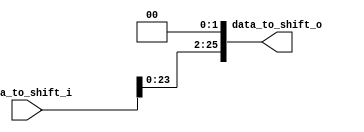
module shift_left2
	#(
		parameter NB_DATA_1 = 28,
		parameter NB_DATA_2 = 26
	)
	(
		input wire [NB_DATA_1-1:0] data_to_shift_i,
		output wire [NB_DATA_2-1:0] data_to_shift_o	
	);

    assign data_to_shift_o = data_to_shift_i << 2; 
    
endmodule